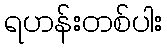
ရဟန်းတစ်ပါး